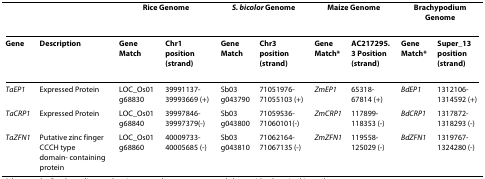
|  |  | <COLSPAN=2> Rice Genome | <COLSPAN=2> S. bicolor Genome | <COLSPAN=2> Maize Genome | <COLSPAN=2> Brachypodium Genome |
 | --- | --- | --- | --- | --- | --- | --- | --- | --- | --- |
 | Gene | Description | Gene Match | Chr1 position (strand) | Gene Match | Chr3 position (strand) | Gene Match* | AC217295.3 Position (strand) | Gene Match* | Super_13 position (strand) |
 | TaEP1 | Expressed Protein | LOC_Os01 g68830 | 39991137-39993669 (+) | Sb03 g043790 | 71051976-71055103 (+) | ZmEP1 | 65318-67814 (+) | BdEP1 | 1312106-1314592 (+) |
 | TaCRP1 | Expressed Protein | LOC_Os01 g68840 | 39997846-39997379(-) | Sb03 g043800 | 71059536-71060101(-) | ZmCRP1 | 117899-118353 (-) | BdCRP1 | 1317872-1318293 (-) |
 | TaZFN1 | Putative zinc finger CCCH type domain- containing protein | LOC_Os01 g68860 | 40009733-40005685 (-) | Sb03 g043810 | 71062164-71067135 (-) | ZmZFN1 | 119558-125029 (-) | BdZFN1 | 1319767-1324280 (-) |